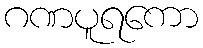
ဂဏပူရကော